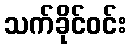
သက်ခိုင်ဝင်း